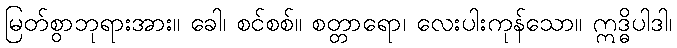
မြတ်စွာဘုရားအား။ ခေါ၊ စင်စစ်။ စတ္တာရော၊ လေးပါးကုန်သော။ ဣဒ္ဓိပါဒါ၊